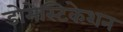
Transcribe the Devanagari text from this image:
डोमेस्टिकेशन